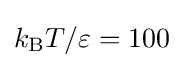
k_{\text{B}}T/\varepsilon =100